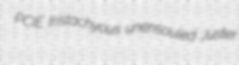
PCIE tristachyous unensouled Juster